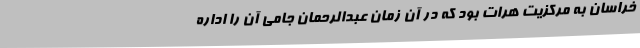
خراسان به مرکزیت هرات بود که در آن زمان عبدالرحمان جامی آن را اداره